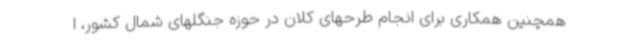
همچنین همکاری برای انجام طرحهای کلان در حوزه جنگلهای شمال کشور، ا